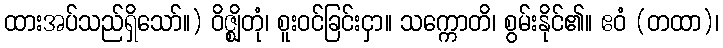
ထားအပ်သည်ရှိသော်။) ဝိဇ္ဈိတုံ၊ စူးဝင်ခြင်းငှာ။ သက္ကောတိ၊ စွမ်းနိုင်၏။ ဧဝံ (တထာ)၊